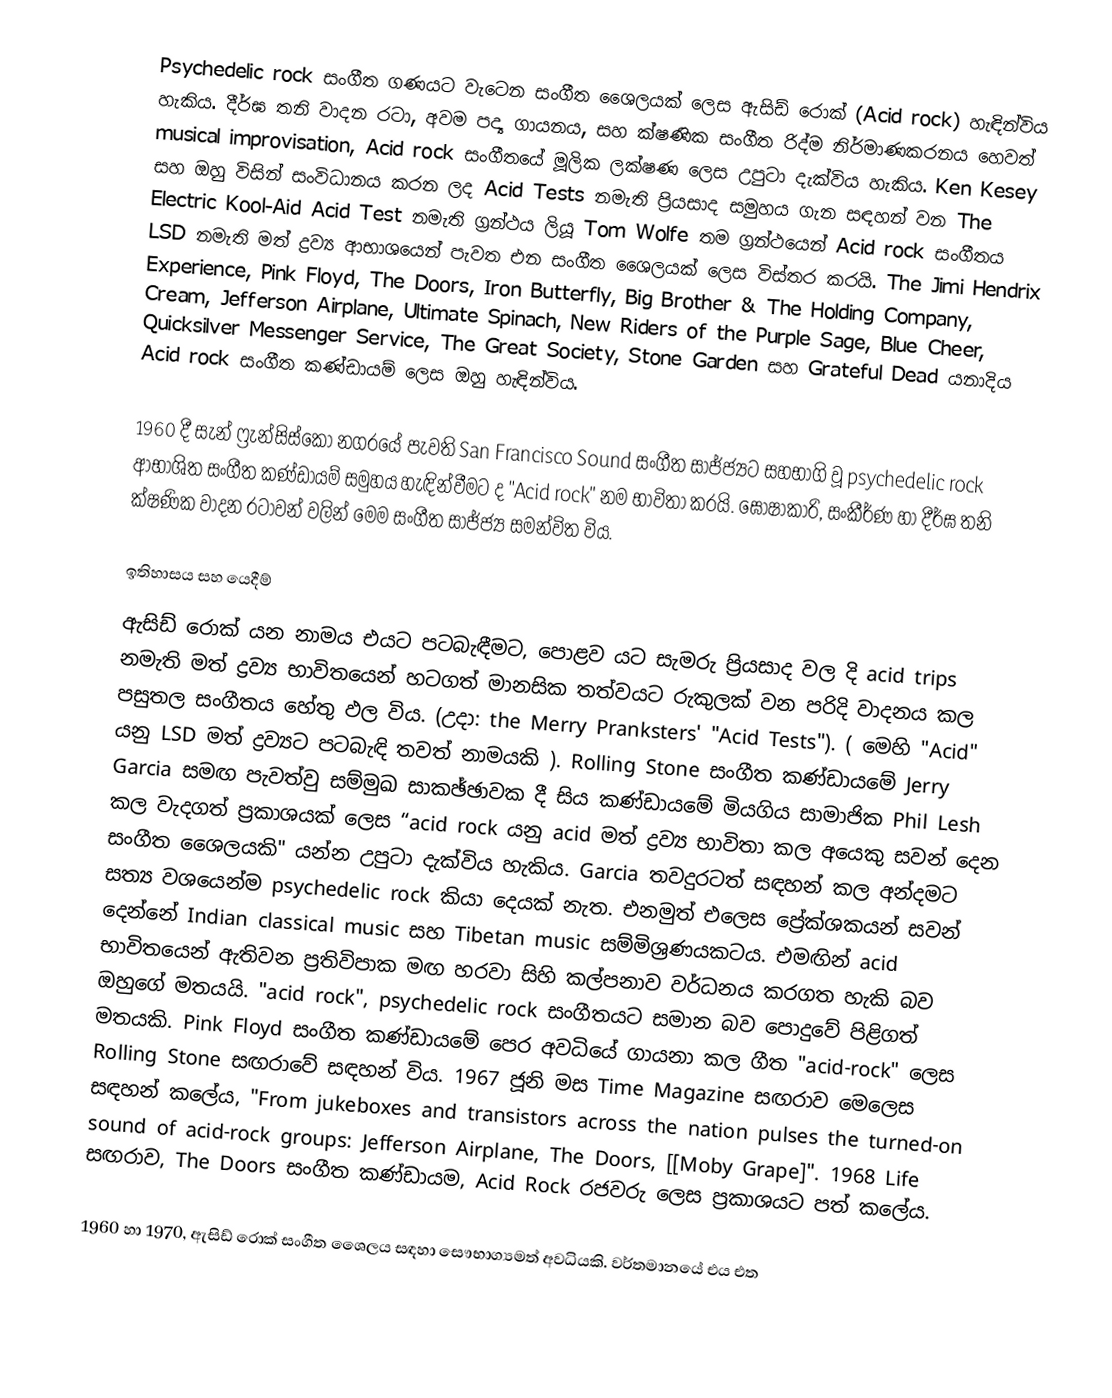
Psychedelic rock සංගීත ගණයට වැටෙන සංගීත ශෛලයක් ලෙස ඇසිඩ් රොක් (Acid rock) හැඳින්විය හැකිය. දීර්ඝ තනි වාදන රටා, අවම පද්‍ය ගායනය, සහ ක්ෂණික සංගීත රිද්ම නිර්මාණකරනය හෙවත් musical improvisation, Acid rock සංගීතයේ මූලික ලක්ෂණ ලෙස උපුටා දැක්විය හැකිය. Ken Kesey සහ ඔහු විසින් සංවිධානය කරන ලද Acid Tests නමැති ප්‍රියසාද සමුහය ගැන සඳහන් වන The Electric Kool-Aid Acid Test නමැති ග්‍රන්ථය ලියූ Tom Wolfe තම ග්‍රන්ථයෙන් Acid rock සංගීතය LSD නමැති මත් ද්‍රව්‍ය ආභාශයෙන් පැවත එන සංගීත ශෛලයක් ලෙස විස්තර කරයි. The Jimi Hendrix Experience, Pink Floyd, The Doors, Iron Butterfly, Big Brother & The Holding Company, Cream, Jefferson Airplane, Ultimate Spinach, New Riders of the Purple Sage, Blue Cheer, Quicksilver Messenger Service, The Great Society, Stone Garden සහ Grateful Dead යනාදිය Acid rock සංගීත කණ්ඩායම් ලෙස ඔහු හැඳින්විය.

1960 දී සැන් ෆ්‍රැන්සිස්කෝ නගරයේ පැවති San Francisco Sound සංගීත සාජ්ජ්‍යට සහභාගි වූ psychedelic rock ආභාශිත සංගීත කණ්ඩායම් සමුහය හැඳින්වීමට ද "Acid rock" නම භාවිතා කරයි. ඝෝෂාකාරි, සංකීර්ණ හා දීර්ඝ තනි ක්ෂණික වාදන රටාවන් වලින් මෙම සංගීත සාජ්ජ්‍ය සමන්විත විය.

ඉතිහාසය සහ යෙදීම්
ඇසිඩ් රොක් යන නාමය එයට පටබැඳීමට, පොළව යට සැමරු ප්‍රියසාද වල දි acid trips නමැති මත් ද්‍රව්‍ය භාවිතයෙන් හටගත් මානසික තත්වයට රුකුලක් වන පරිදි වාදනය කල පසුතල සංගීතය හේතු ඵල විය. (උදා: the Merry Pranksters' "Acid Tests"). ( මෙහි "Acid" යනු LSD මත් ද්‍රව්‍යට පටබැඳි තවත් නාමයකි ). Rolling Stone  සංගීත කණ්ඩායමේ Jerry Garcia සමඟ පැවත්වු සම්මුඛ සාකඡ්ඡාවක දී සිය කණ්ඩායමේ මියගිය සාමාජික Phil Lesh කල වැදගත් ප්‍රකාශයක් ලෙස “acid rock යනු acid මත් ද්‍රව්‍ය භාවිතා කල අයෙකු සවන් දෙන සංගීත ශෛලයකි" යන්න උපුටා දැක්විය හැකිය. Garcia තවදුරටත් සඳහන් කල අන්දමට සත්‍ය වශයෙන්ම psychedelic rock කියා දෙයක් නැත. එනමුත් එලෙස ප්‍රේක්ශකයන් සවන් දෙන්නේ Indian classical music සහ Tibetan music සම්මිශ්‍රණයකටය. එමඟින් acid භාවිතයෙන් ඇතිවන ප්‍රතිවිපාක මඟ හරවා සිහි කල්පනාව වර්ධනය කරගත හැකි බව ඔහුගේ මතයයි. "acid rock", psychedelic rock සංගීතයට සමාන බව පොදුවේ පිළිගත් මතයකි. Pink Floyd සංගීත කණ්ඩායමේ පෙර අවධියේ ගායනා කල ගීත "acid-rock" ලෙස Rolling Stone සඟරාවේ සඳහන් විය. 1967 ජූනි මස Time Magazine සඟරාව මෙලෙස සඳහන් කලේය, "From jukeboxes and transistors across the nation pulses the turned-on sound of acid-rock groups: Jefferson Airplane, The Doors, [[Moby Grape]". 1968 Life සඟරාව, The Doors සංගීත කණ්ඩායම, Acid Rock රජවරු ලෙස ප්‍රකාශයට පත් කලේය.

1960 හා 1970, ඇසිඩ් රොක් සංගීත ශෛලය සඳහා සෞභාග්‍යමත් අවධියකි. වර්තමානයේ එය එත